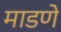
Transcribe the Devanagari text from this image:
माडणे